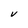
Character: V